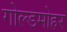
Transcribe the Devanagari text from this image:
गोल्डमोहर